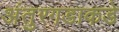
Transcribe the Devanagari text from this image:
अंतुरगडाकडे